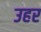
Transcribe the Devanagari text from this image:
उहर